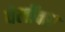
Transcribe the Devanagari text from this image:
वेलॉक्स